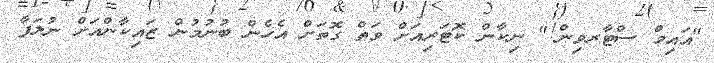
"އައިމް ސްޓާރވިން!" ނިކާން ކޮޓަރިއަށް ވަތް ގޮތަށް އެހެން ބުނުމުން ޒައިކާންއަށް ނުލަފާ